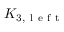
K _ { 3 , \mathrm { ~ l ~ e ~ f ~ t ~ } }